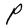
Character: P